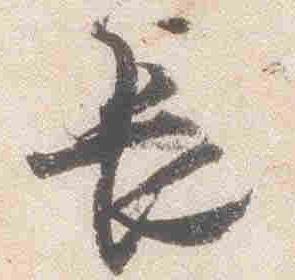
長